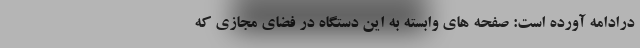
درادامه آورده است: صفحه های وابسته به این دستگاه در فضای مجازی که